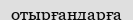
отырғандарға